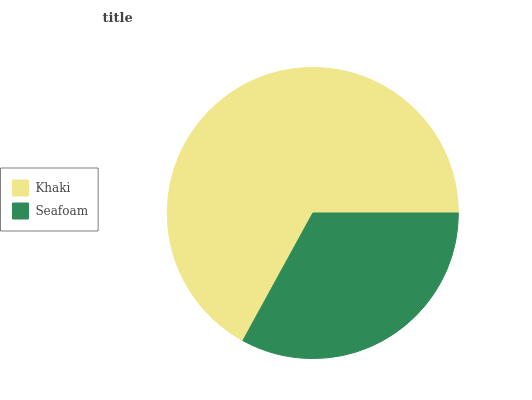
| Khaki | Seafoam |
 | --- | --- |
 | 67% | 33% |